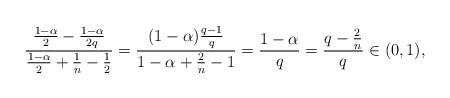
LaTeX: \begin{align*} \frac{\frac{1-\alpha}{2} - \frac{1-\alpha}{2q}}{\frac{1-\alpha}{2} + \frac{1}{n} - \frac{1}{2}} = \frac{(1-\alpha) \frac{q-1}{q}}{1-\alpha + \frac{2}{n} - 1} = \frac{1-\alpha}{q} = \frac{q - \frac{2}{n}}{q} \in (0, 1), \end{align*}